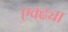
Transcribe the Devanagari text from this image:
एक्ढ्या